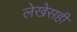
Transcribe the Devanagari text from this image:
लेखेसही